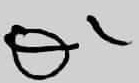
Text: Q1